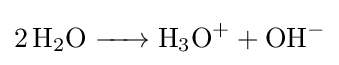
{\ce {2H2O -> H3O+ + OH-}}